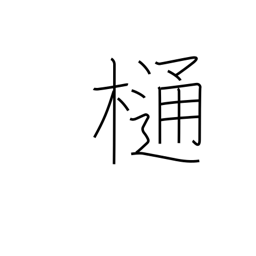
Meaning: downspout